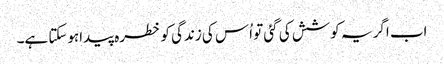
اب اگر یہ کوشش کی گئی تو اُس کی زندگی کو خطرہ پیداہوسکتا ہے۔